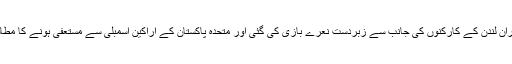
اس دوران لندن کے کارکنوں کی جانب سے زبردست نعرے بازی کی گئی اور متحدہ پاکستان کے اراکین اسمبلی سے مستعفی ہونے کا مطالبہ کیا۔